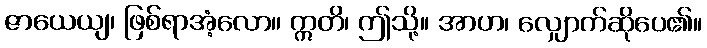
ဇာယေယျ၊ ဖြစ်ရာအံ့လော။ ဣတိ၊ ဤသို့။ အာဟ၊ လျှောက်ဆိုပေ၏။